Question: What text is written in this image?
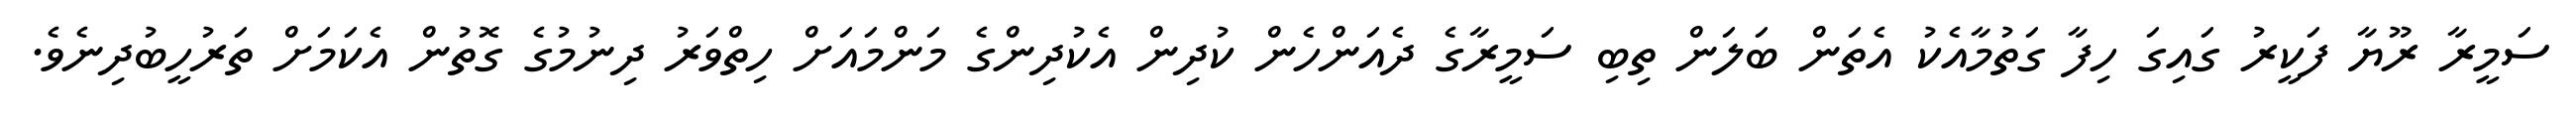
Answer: ސަމީރާ ރޫޔާ ފަކީރު ގައިގަ ހިފާ ގަތުމާއެކު އެތަން ބަލަން ތިބި ސަމީރާގެ ދެއަންހެން ކުދިން އެކުދިންގެ މަންމައަށް ހިތްވަރު ދިނުމުގެ ގޮތުން އެކަމަށް ތަރުހީބުދިނެވެ.